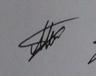
Signature authenticity: genuine